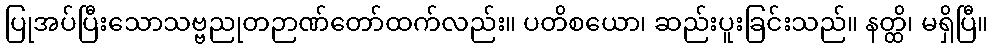
ပြုအပ်ပြီးသောသဗ္ဗညုတဉာဏ်တော်ထက်လည်း။ ပတိစယော၊ ဆည်းပူးခြင်းသည်။ နတ္ထိ၊ မရှိပြီ။